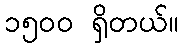
၁၅ဝဝ ရှိတယ်။